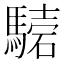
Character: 𩥟